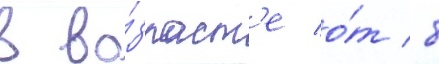
в во́зраст'е о́т 8